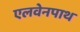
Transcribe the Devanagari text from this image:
एलवेनपाथ